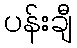
ပန်းချီ